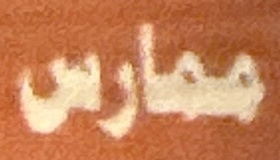
ممارس